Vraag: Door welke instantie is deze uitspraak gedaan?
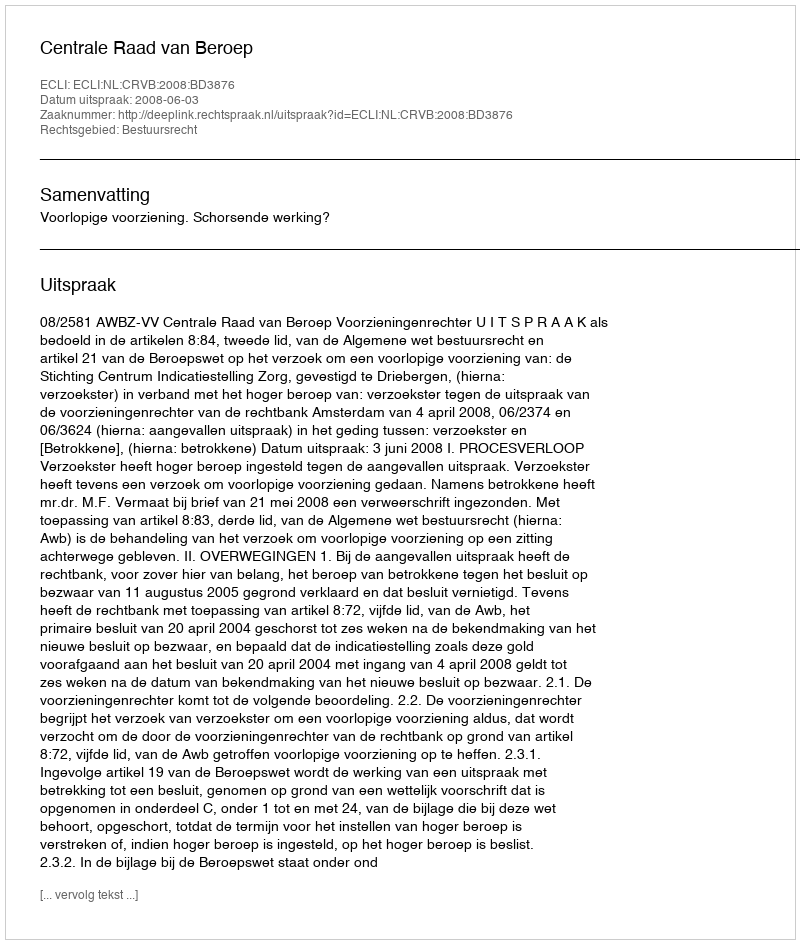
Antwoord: Centrale Raad van Beroep